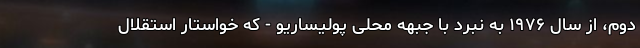
دوم، از سال ۱۹۷۶ به نبرد با جبهه محلی پولیساریو - که خواستار استقلال